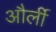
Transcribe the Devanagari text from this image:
और्ली